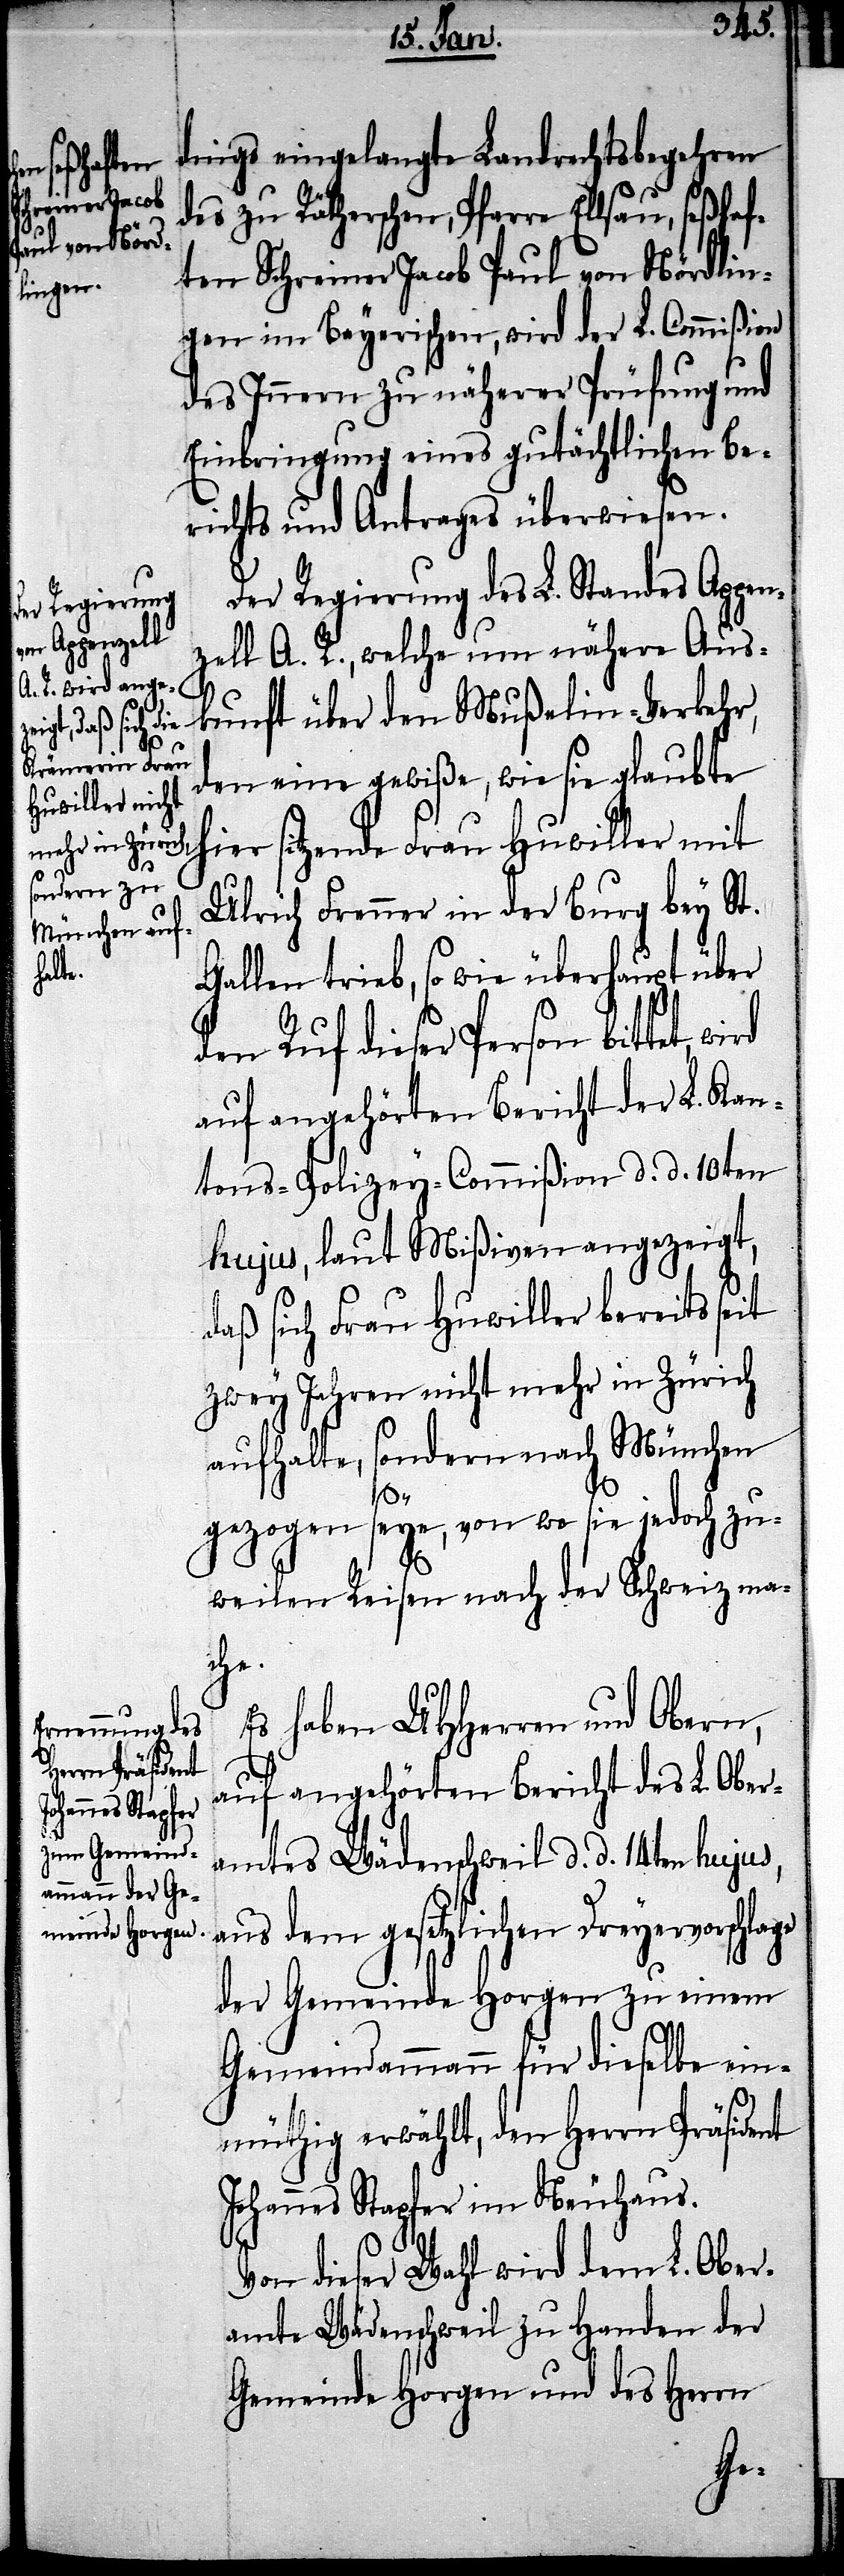
u, seßhaf¬

dings eingelangte Landrechtsbegehren
des zu Rätherschen, Pfarre Ellsa¬
ten Schreiner Jacob Paul von Nördlin¬
gen im Bayerischen, wird der L. Commißion
des Innern zu näherer Prüfung und
Einbringung eines gutächtlichen Be¬
richts und Antrages überwiesen.
Der Regierung des L. Standes Appen¬
zell A. R., welche um nähere Aus¬
kunft über den Mußelin-Verkehr,
den eine gewiße, wie sie glaubte
hier sitzende Frau Huwiller mit
Ulrich Frenner in der Burg bey St.
Gallen trieb, so wie überhaupt über
den Ruf dieser Person bittet,
auf angehörten Bericht der L. Kan¬
tons-Polizey-Commißion d. d. 10ten
hujus, laut Mißiven angezeigt,
daß sich Frau Huwiller bereits seit
zwey Jahren nicht mehr in Zürich
aufhalte, sondern nach München
gezogen seye, von wo sie jedoch zu¬
weilen Reisen nach der Schweiz ma¬
che.
Es haben UHHerren und Obern,
auf angehörten Bericht des L. Ober¬
amtes Wädenschweil d. d. 14ten hujus,
aus dem gesetzlichen Dreyervorschlage
der Gemeinde Horgen zu einem
Gemeindammann für dieselbe ein¬
müthig erwählt, den Herrn Präsident
Johannes Stapfer im Neuhaus.
Von dieser Wahl wird dem L. Ober¬
amte Wädenschweil zu Handen der
Gemeinde Horgen und des Herrn